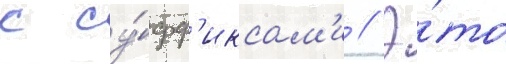
с су́фф'иксам'и // Э́то